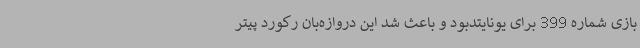
بازی شماره 399 برای یونایتدبود و باعث شد این دروازه‌بان رکورد پیتر